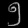
Digit: ၅